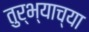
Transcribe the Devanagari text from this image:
तुर्भ्याच्या